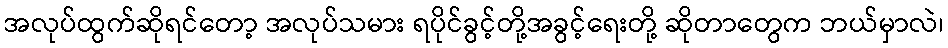
အလုပ်ထွက်ဆိုရင်တော့ အလုပ်သမား ရပိုင်ခွင့်တို့အခွင့်ရေးတို့ ဆိုတာတွေက ဘယ်မှာလဲ၊